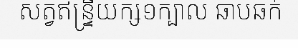
សត្វឥន្ទ្រីយក្ស១ក្បាល ឆាបឆក់